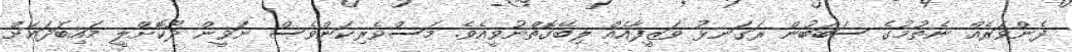
ފެންވަރެއް ނެތުމުގެ ސަބަބުން ރަގަނޅު ވަޒީފާއެއް ލިބޭގޮތްނުވީއެވެ. މަސްވެރިކަންވެސް ނަވީން ދޫކޮށްލީ މައިބަދައަށް